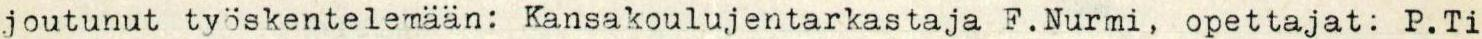
joutunut työskentelemään: Kansakoulujentarkastaja F.Nurmi, opettajat: P.Ti